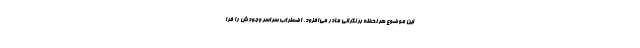
این موضوع هر لحظه بر نگرانی مادر می‌افزود. اضطراب سراسر وجودش را فرا